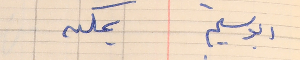
ابو سليم     يمكن